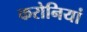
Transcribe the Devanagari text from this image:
करोनियां